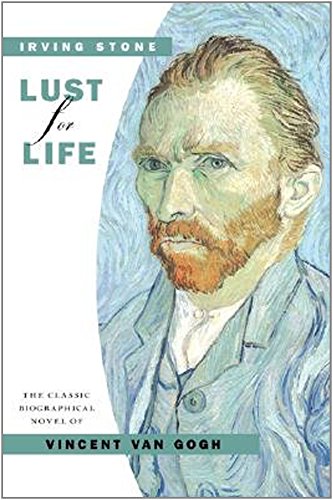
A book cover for Lust for Life; Irving Stone; Biographies & Memoirs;